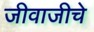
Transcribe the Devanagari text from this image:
जीवाजीचे